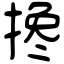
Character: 搀